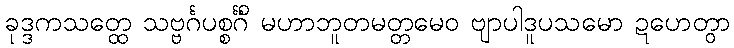
ခုဒ္ဒကသတ္ထေ သဗ္ဗင်္ဂပစ္စင်္ဂိံ မဟာဘူတမတ္တမေဝ ဗျာပါဒူပသမော ဍဟေတွာ